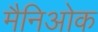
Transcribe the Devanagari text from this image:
मैनिओक